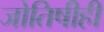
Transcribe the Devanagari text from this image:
जोतिषीही